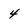
Character: 4